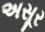
અસૂર